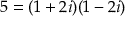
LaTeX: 5 = ( 1 + 2 i ) ( 1 - 2 i )